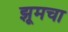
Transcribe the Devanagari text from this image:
झूमचा